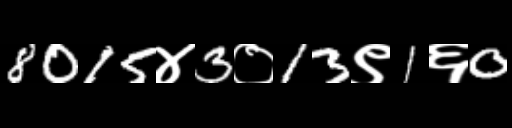
Text: 8015४3०13९1६0